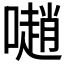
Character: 𡁻